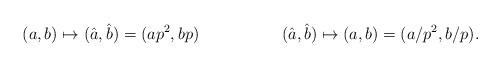
LaTeX: \begin{align*}(a,b)&\mapsto(\Hat{a},\Hat{b})=(ap^2,bp)&&&(\Hat{a},\Hat{b})&\mapsto(a,b)=(a/p^2,b/p).\end{align*}